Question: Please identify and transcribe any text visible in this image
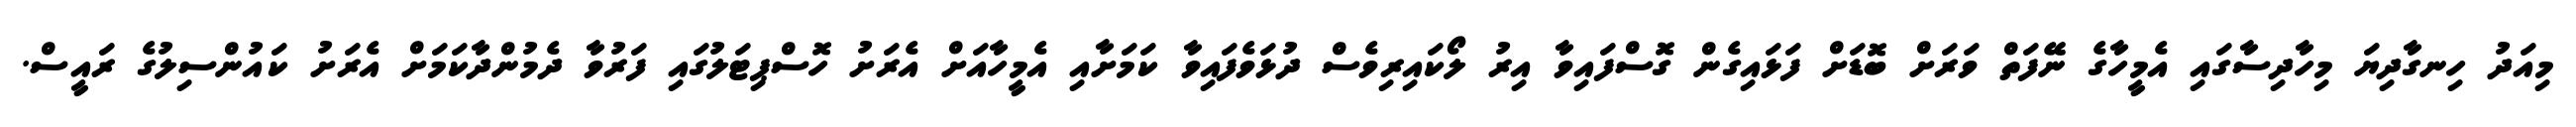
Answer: މިއަދު ހިނގާދިޔަ މިހާދިސާގައި އެމީހާގެ ނޭފަތް ވަރަށް ބޮޑަށް ފަޅައިގެން ގޮސްފައިވާ އިރު ލޯކައިރިވެސް ދުޅަވެފައިވާ ކަމަށާއި އެމީހާއަށް އެރަށު ހޮސްޕިޓަލުގައި ފަރުވާ ދެމުންދާކަމަށް އެރަށު ކައުންސިލުގެ ރައީސް.